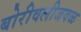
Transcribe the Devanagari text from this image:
बोरीवलीजवळ